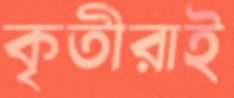
কৃতীরাই